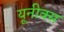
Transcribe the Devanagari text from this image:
यूनीक्स